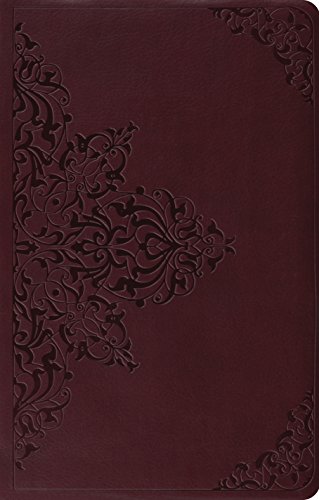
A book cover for ESV Premium Gift Bible (TruTone, Chestnut, Filigree Design); ESV Bibles by Crossway; Christian Books & Bibles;